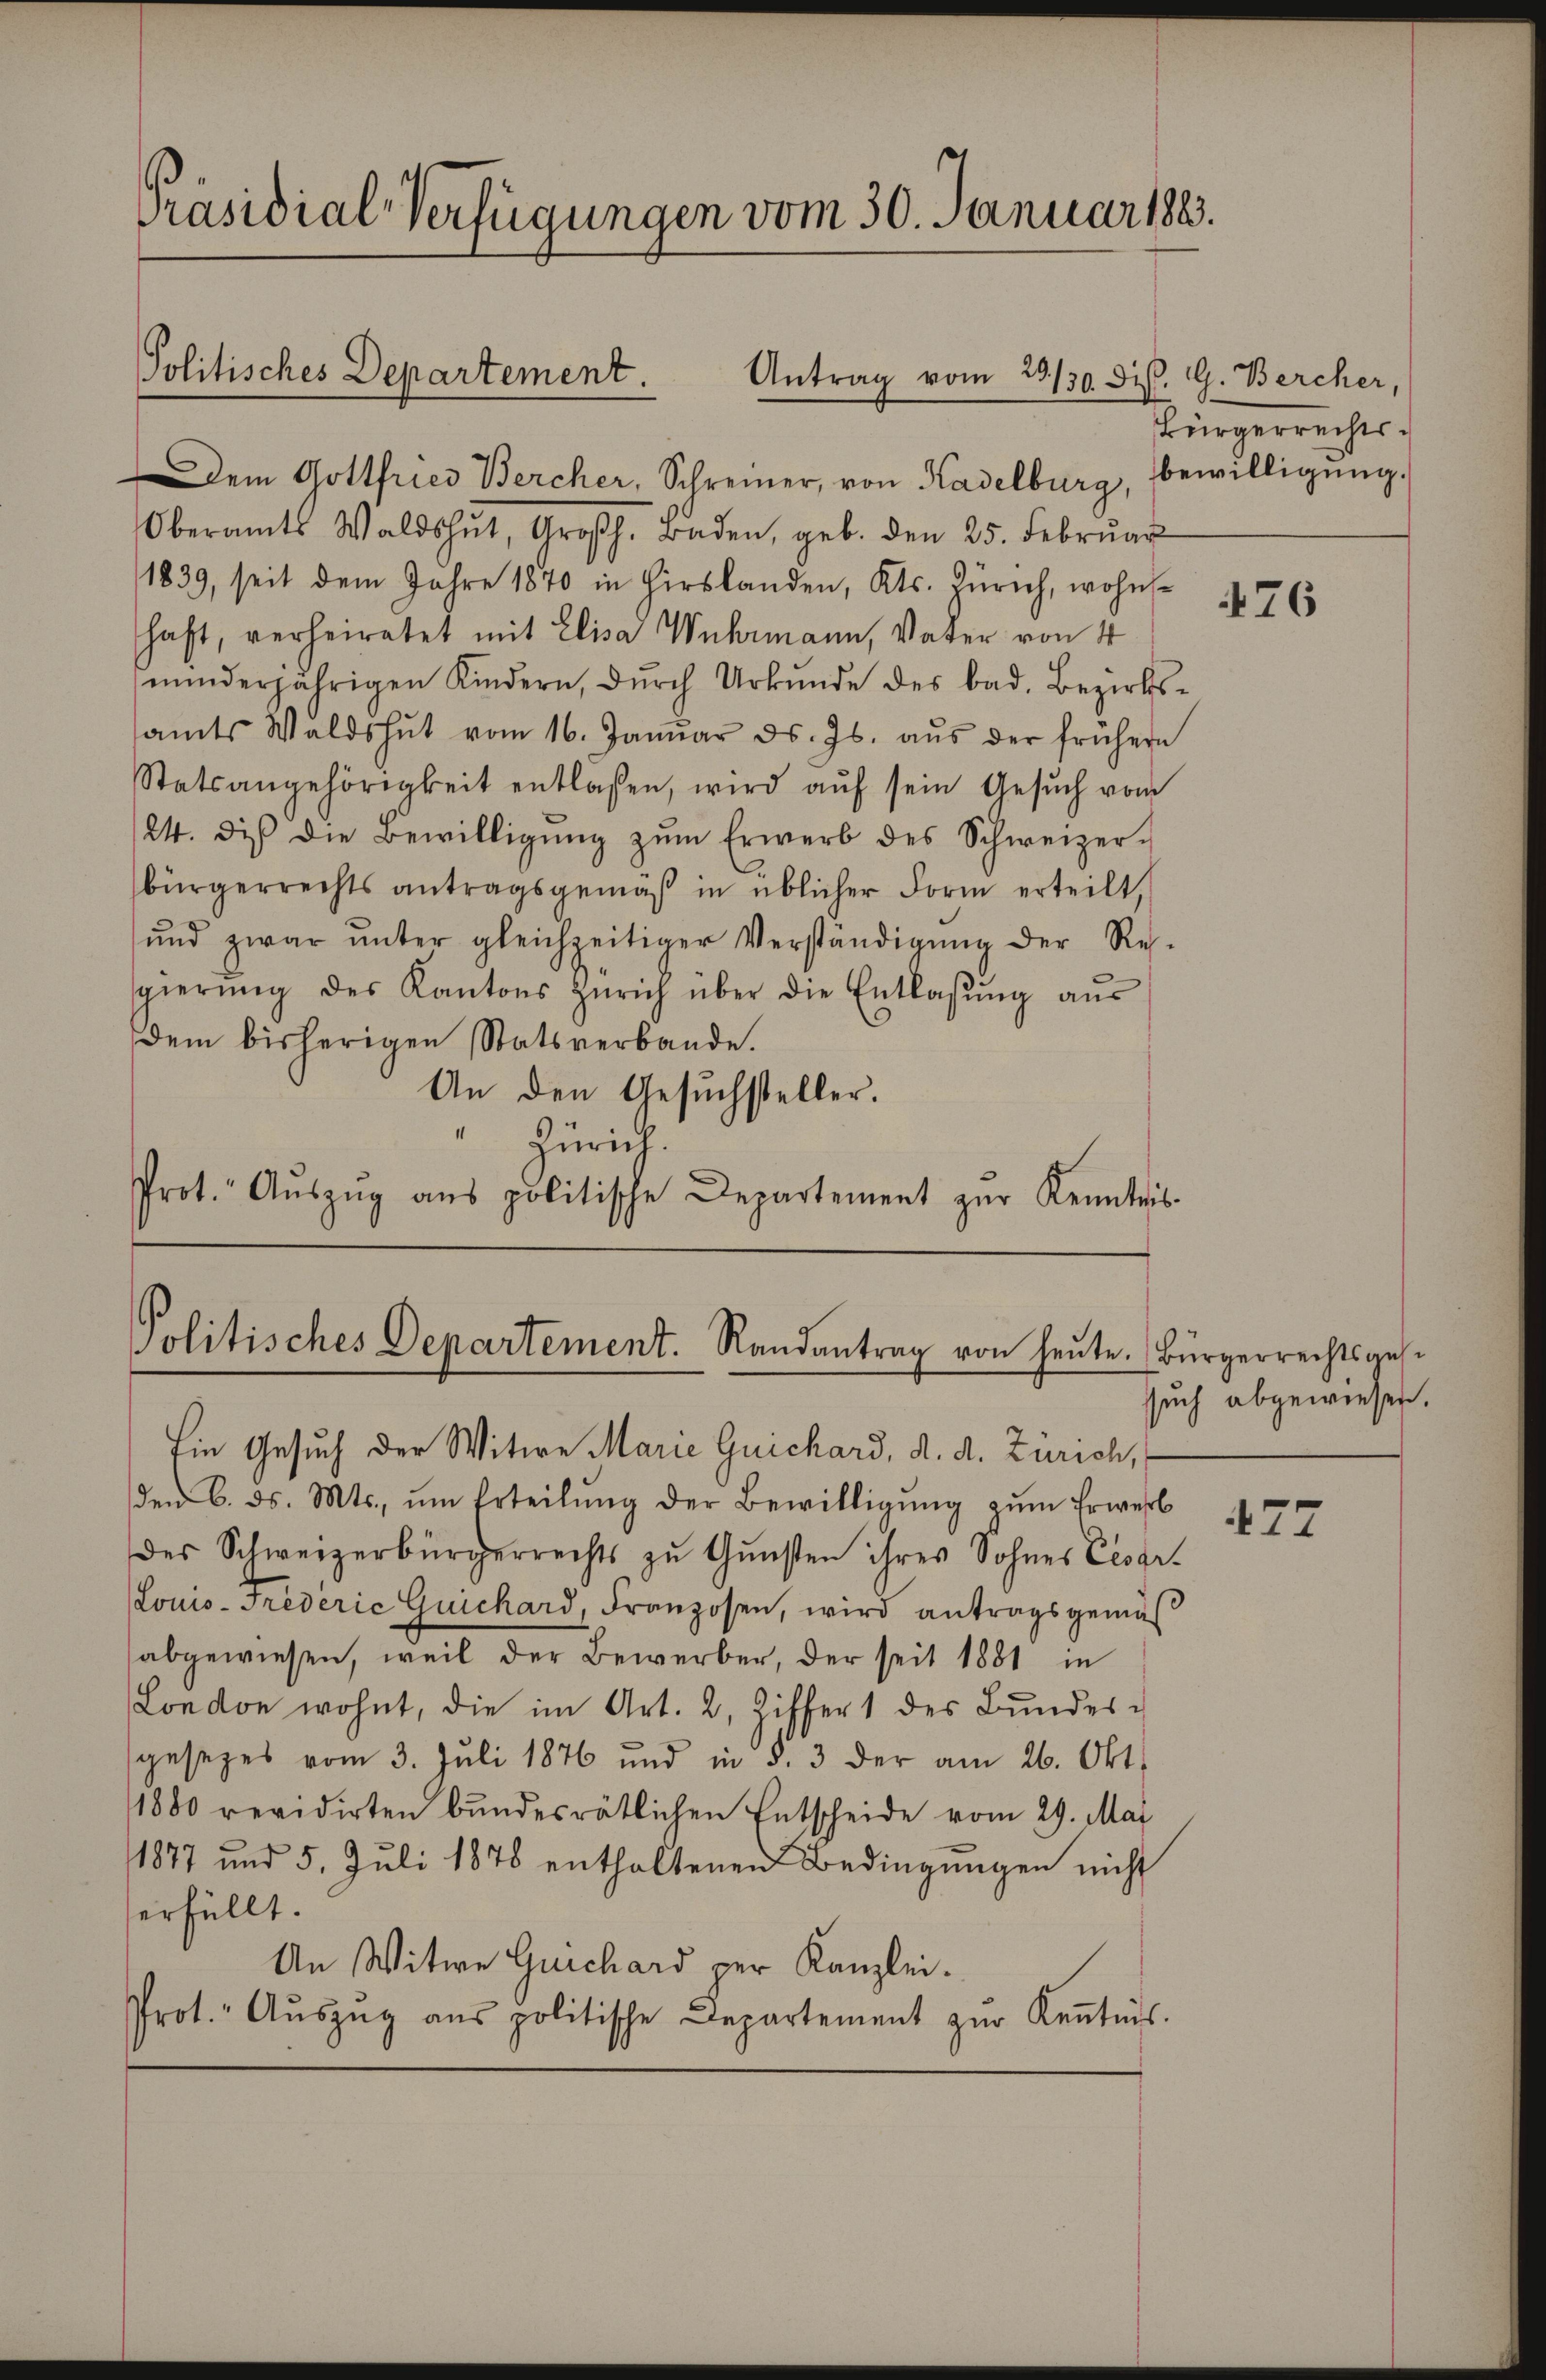
Präsidial-Verfügungen vom 30. Januar 188.

Politisches Departement.
Antrag vom 29./30. ds. G. Bercher,

Dem Gottfried Bercher, Schreiner, von Kadelburg, bewilligŭng.
Oberamts Waldshut, Großh. Baden, geb. den 25. Febrŭar
1839, seit dem Jahre 1870 in Hirslanden, Kts. Zürich, wohn-
haft, verheiratet mit Elisa Wuhrmann, Vater von 4
minderjährigen Kindern, durch Urkunde des bad. Bezirkssamts Waldshut vom 16. Janŭar d. Js. aŭs der frühern
Statsangehörigkeit entlaßen, wird aŭf sein Gesŭch vom
24. die die Bewilligŭng zŭm Erwerb des Schweizer-
bürgerrechts antragsgemäβ in üblicher Form erteilt,
ŭnd zwar ŭnter gleichzeitiger Verständigŭng der Re-
sgierŭng des Kantons Zürich über die Entlassŭng aŭs
dem bisherigen Statsverbande.
An den Gesuchsteller.
Zürich.
Prot. Aŭszŭg ans politische Departement zŭr Kenntnis-

Politisches Departement. Randantrag von heŭte. Bürgerrechtsges.

Ein Gesuch der Witwe Marie Guichard, d. d. Zürich,
den 6. ds. Mts. ŭm Erteilŭng der Bewilligŭng zŭm Erwerb
des Schweizerbürgerrechts zŭ Gŭnsten ihres Sohnes Cesar-
Louis-Triderić Guichard, Franzosen, wird antragsgemäs
abgewiesen, weil der Bewerber, der seit 1881 in
London wohnt, die im Art. 2, Ziffer 1 des Bŭndes-
sgesezes vom 3. Juli 1876 und in §. 3 der am 26. Okt.
1880 revidirten bundesrätlichen Entscheide vom 29. Mai
1877 und 5. Juli 1878 enthaltenen Bedingungen nicht
erfüllt.
An Witwe Guichard per Kanzlei.
Prot. Aŭszŭg aŭs politische Departement zŭr Keṅtnis.

Bürgerrechts¬

476

such abgewiesen.

477